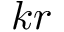
k r